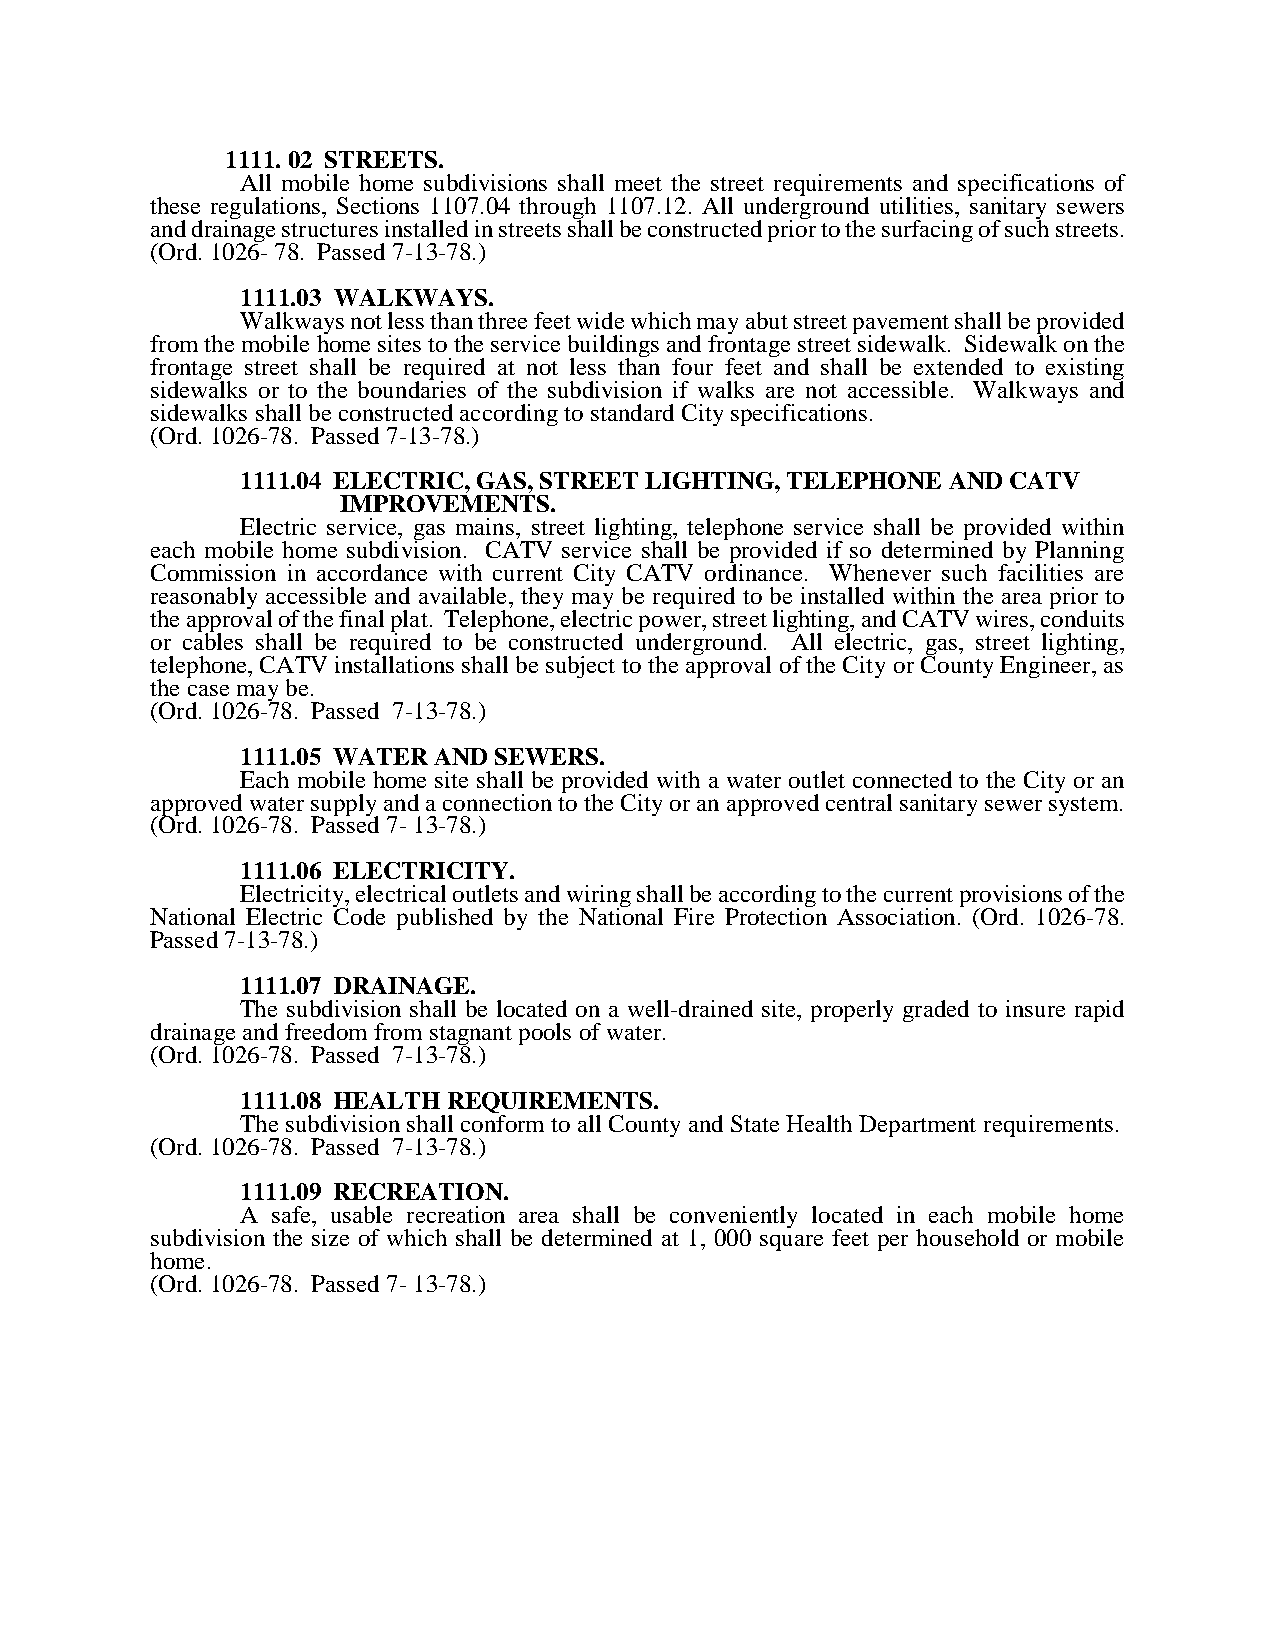
1111. 02 STREETS.
 All mobile home subdivisions shall meet the street requirements and specifications of
 these regulations, Sections 1107.04 through 1107.12. All underground utilities, sanitary sewers
 and drainage structures installed in streets shall be constructed prior to the surfacing of such streets.
 (Ord. 1026- 78. Passed 7-13-78.)
 1111.03 WALKWAYS.
 Walkways not less than three feet wide which may abut street pavement shall be provided
 from the mobile home sites to the service buildings and frontage street sidewalk. Sidewalk on the
 frontage street shall be required at not less than four feet and shall be extended to existing
 sidewalks or to the boundaries of the subdivision if walks are not accessible. Walkways and
 sidewalks shall be constructed according to standard City specifications.
 (Ord. 1026-78. Passed 7-13-78.)
 1111.04 ELECTRIC, GAS, STREET LIGHTING, TELEPHONE AND CATV
 IMPROVEMENTS.
 Electric service, gas mains, street lighting, telephone service shall be provided within
 each mobile home subdivision. CATV service shall be provided if so determined by Planning
 Commission in accordance with current City CATV ordinance. Whenever such facilities are
 reasonably accessible and available, they may be required to be installed within the area prior to
 the approval of the final plat. Telephone, electric power, street lighting, and CATV wires, conduits
 or cables shall be required to be constructed underground. All electric, gas, street lighting,
 telephone, CATV installations shall be subject to the approval of the City or County Engineer, as
 the case may be.
 (Ord. 1026-78. Passed 7-13-78.)
 1111.05 WATER AND SEWERS.
 Each mobile home site shall be provided with a water outlet connected to the City or an
 approved water supply and a connection to the City or an approved central sanitary sewer system.
 (Ord. 1026-78. Passed 7- 13-78.)
 1111.06 ELECTRICITY.
 Electricity, electrical outlets and wiring shall be according to the current provisions of the
 National Electric Code published by the National Fire Protection Association. (Ord. 1026-78.
 Passed 7-13-78.)
 1111.07 DRAINAGE.
 The subdivision shall be located on a well-drained site, properly graded to insure rapid
 drainage and freedom from stagnant pools of water.
 (Ord. 1026-78. Passed 7-13-78.)
 1111.08 HEALTH REQUIREMENTS.
 The subdivision shall conform to all County and State Health Department requirements.
 (Ord. 1026-78. Passed 7-13-78.)
 1111.09 RECREATION.
 A safe, usable recreation area shall be conveniently located in each mobile home
 subdivision the size of which shall be determined at 1, 000 square feet per household or mobile
 home.
 (Ord. 1026-78. Passed 7- 13-78.)